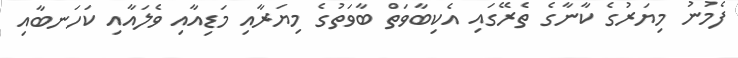
ފެމުނު މިޔަރުގެ ކާނާގެ ތެރޭގައި އެކިބާވަތް ބާވަތުގެ މިޔަރާއި މަޑިއާއި ވެލައާއި ކަހަނބާއި